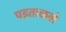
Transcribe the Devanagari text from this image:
पडताळले